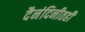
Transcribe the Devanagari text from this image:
दैनंदिनीतही